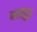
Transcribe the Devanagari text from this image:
बगरपुर